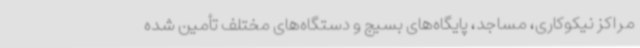
مراکز نیکوکاری، مساجد، پایگاه‌های بسیج و دستگاه‌های مختلف تأمین ‌شده